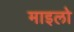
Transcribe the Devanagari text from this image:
माइलो